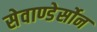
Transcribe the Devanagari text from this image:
सेवाण्डेर्सोन